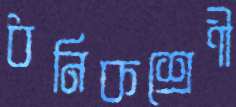
ধনিকশ্রেণী